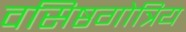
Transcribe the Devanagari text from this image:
वसिष्ठगोत्रिय